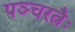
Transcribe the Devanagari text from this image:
पञ्चरत्नैः